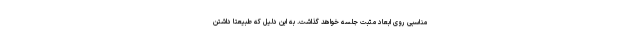
مناسبی روی ابعاد مثبت جلسه خواهد گذاشت. به این دلیل که طبیعتا داشتن